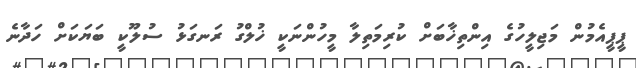
ޕީޕީއެމުން މަޖިލީހުގެ އިންތިޚާބަށް ކުރިމަތިލާ މީހުންނަކީ ޚުލްގު ރަނގަޅު ސުލޫކީ ބަޔަކަށް ހަދާނެ